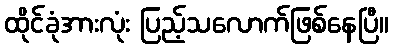
ထိုင်ခုံအားလုံး ပြည့်သလောက်ဖြစ်နေပြီ။